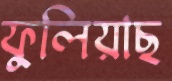
ফুলিয়াছ